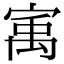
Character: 㝢